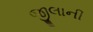
જીલાની